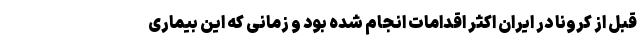
قبل از کرونا در ایران اکثر اقدامات انجام شده بود و زمانی که این بیماری